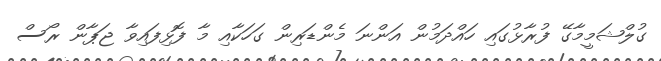
ގުލްޝަމީމާގޭ ފުރާޅުގައި ހައްދަމުން އަންނަ މެންޑަރިން ގަހަކާއި މާ ފޮޅިފައިވާ ޖަޕާން ރޯސް